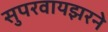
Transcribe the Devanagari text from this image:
सुपरवायझरने